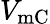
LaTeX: V_{\mathrm{{mC}}}